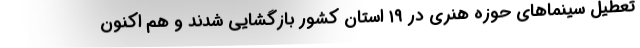
تعطیل سینماهای حوزه هنری در ۱۹ استان کشور بازگشایی شدند و هم اکنون